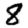
Digit: 8